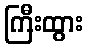
ကြီးထွား